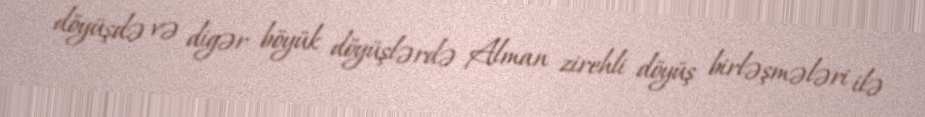
döyüşdə və digər böyük döyüşlərdə Alman zirehli döyüş birləşmələri ilə